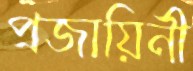
প্রজায়িনী